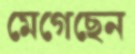
মেগেছেন